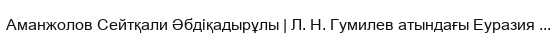
Аманжолов Сейтқали Әбдіқадырұлы | Л. Н. Гумилев атындағы Еуразия ...